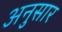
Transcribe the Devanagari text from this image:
अनुसार